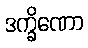
ဒက္ခိဏော